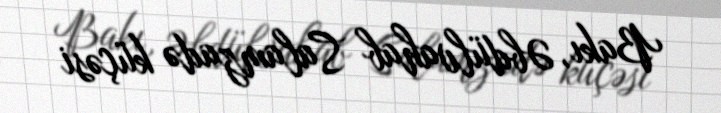
Bakı, Əbdülvahab Salamzadə küçəsi